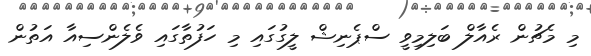
މި މެޗުން ރެއާލް ބަލިމިވީ ސްޕެނިޝް ލީގުގައި މި ހަފުތާގައި ވެލެންސިއާ އަތުން